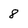
Character: 8